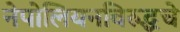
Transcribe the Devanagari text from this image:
नेपोलियनविरुद्धचे